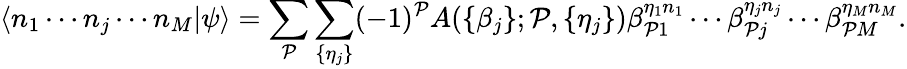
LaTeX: \langle n_{1}\cdots n_{j}\cdots n_{M}|\psi\rangle=\sum_{\mathcal{P}}\sum_{\{ \eta_{j}\} }(-1)^{\mathcal{P}}A(\{ \beta_{j}\} ;\mathcal{P},\{ \eta_{j}\} )\beta_{\mathcal{P}1}^{\eta_{1}n_{1}}\cdots\beta_{\mathcal{P}j}^{\eta_{j}n_{j}}\cdots\beta_{\mathcal{P}M}^{\eta_{M}n_{M}}.